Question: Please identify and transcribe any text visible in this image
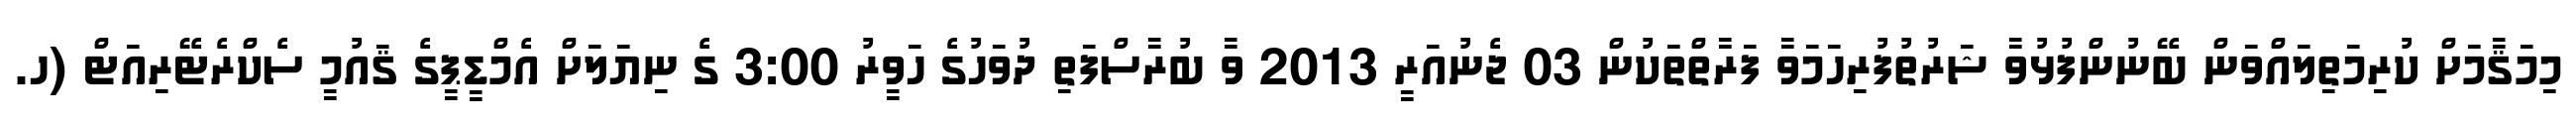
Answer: މިމަޤާމަށް ކުރިމަތިލައްވަން ބޭނުންފުޅުވާ ޝަރުތުފުރިހަމަވާ ފަރާތްތަކުން 03 ޖެނުއަރީ 2013 ވާ ބުރާސްފަތި ދުވަހުގެ ހަވީރު 3:00 ގެ ނިޔަލަށް އެމްޑީޕީގެ ޤައުމީ ސެކްރެޓޭރިއަޓް (ހ.